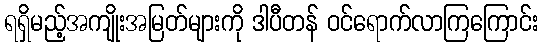
ရရှိမည့်အကျိုးအမြတ်များကို ဒါပီတန် ဝင်ရောက်လာကြကြောင်း